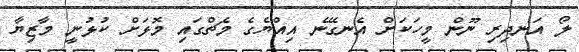
ލޯ އަނދިރި ނޫން މީހަކަށް އެނގޭނެ އިއްޔެގެ މެޗްގައި މޮޅަށް ކުޅުނީ މާޒިޔާ